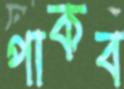
পাকব